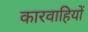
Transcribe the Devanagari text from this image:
कारवाहियों